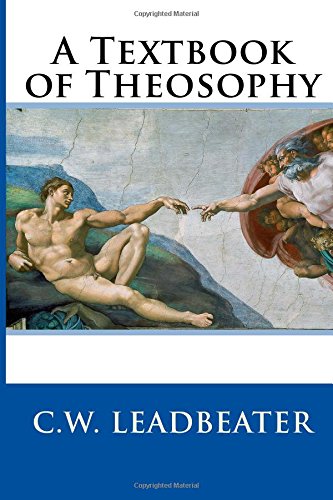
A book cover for A Textbook of Theosophy; C.W. Leadbeater; Religion & Spirituality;